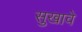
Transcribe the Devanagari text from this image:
सुखावे